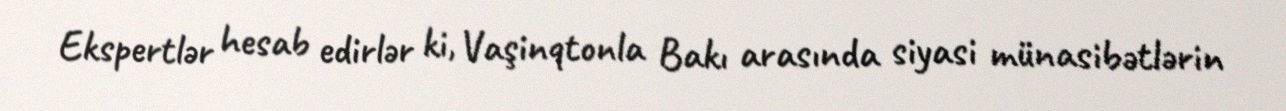
Ekspertlər hesab edirlər ki, Vaşinqtonla Bakı arasında siyasi münasibətlərin